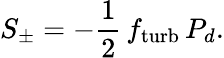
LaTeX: S_{\pm}=-\frac{1}{2}\, f_{\mathrm{turb}}\, P_{d}.